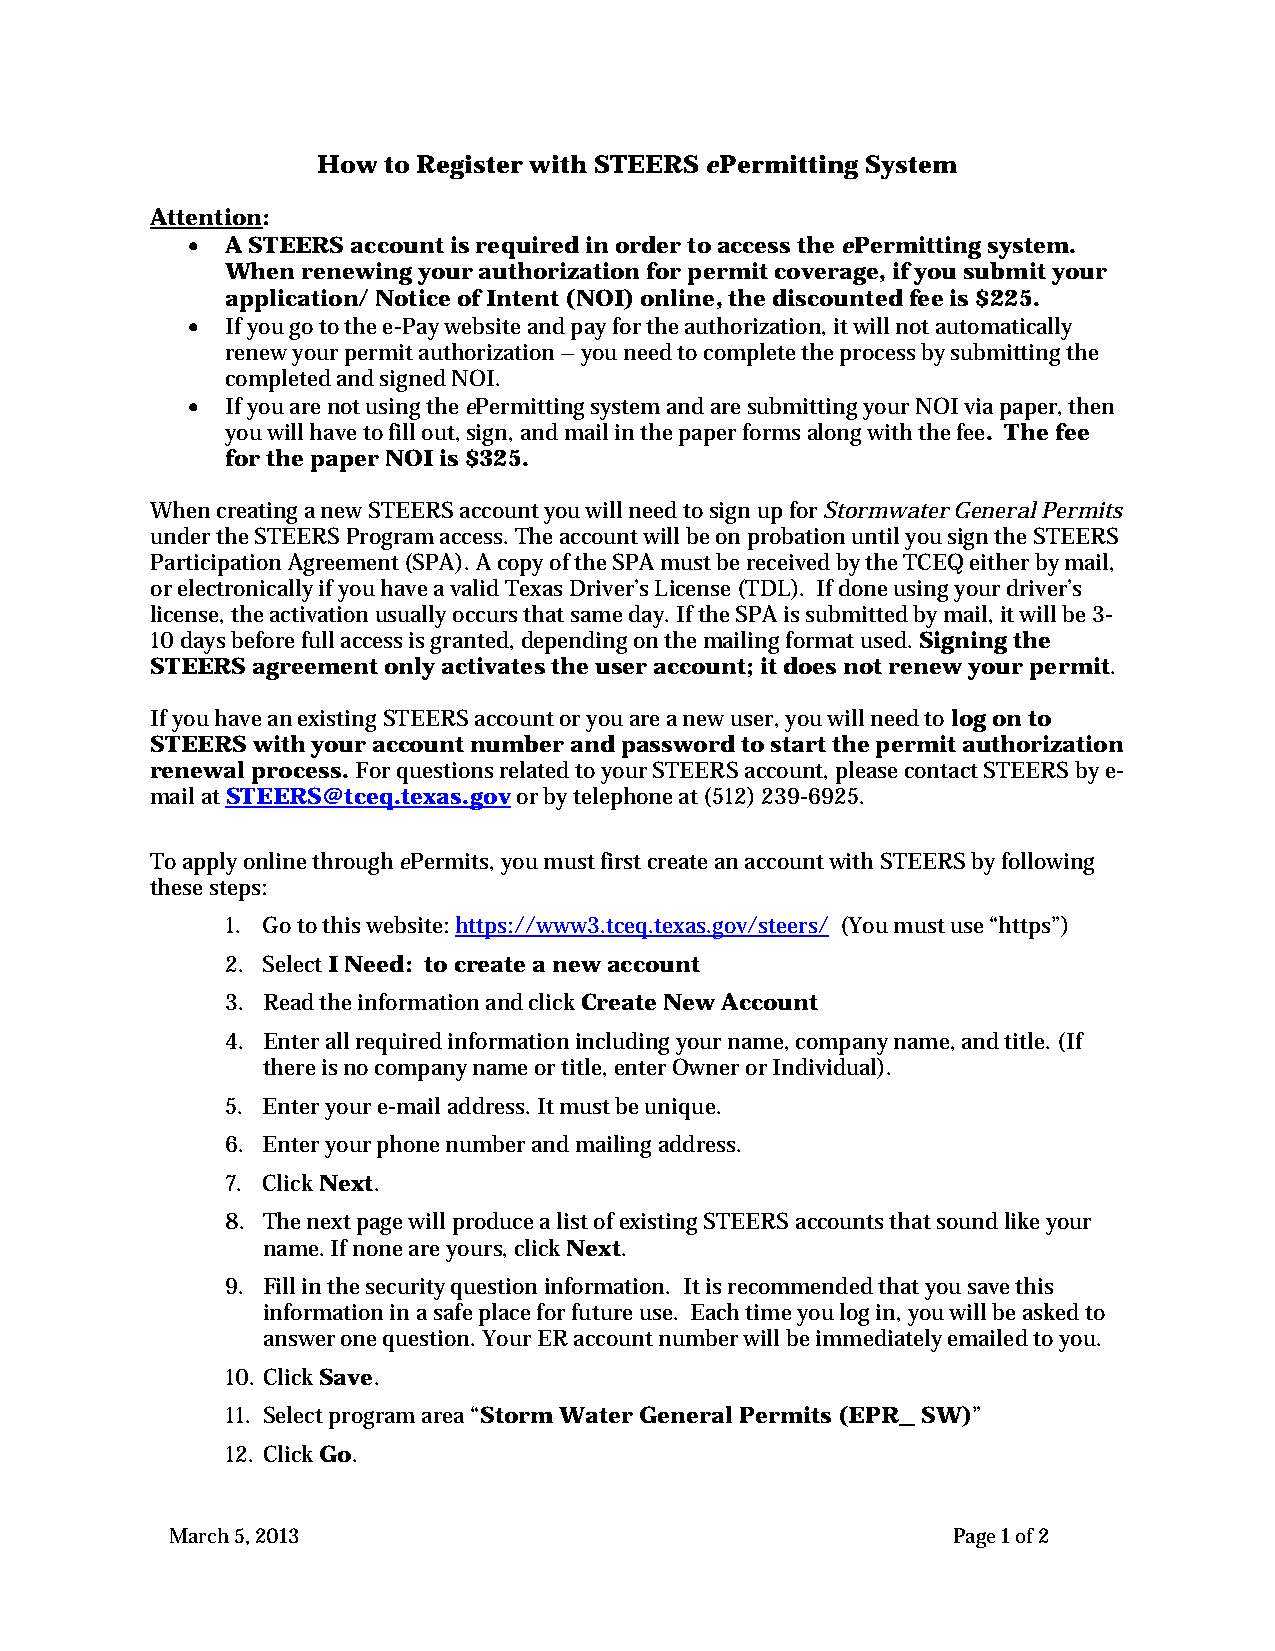
How to Register with STEERS ePermitting System
 Attention:
 •  A STEERS account is required in order to access the ePermitting system.
 When renewing your authorization for permit coverage, if you submit your
 application/ Notice of Intent (NOI) online, the discounted fee is $225.
 •  If you go to the e-Pay website and pay for the authorization, it will not automatically
 renew your permit authorization – you need to complete the process by submitting the
 completed and signed NOI.
 •  If you are not using the ePermitting system and are submitting your NOI via paper, then
 you will have to fill out, sign, and mail in the paper forms along with the fee. The fee
 for the paper NOI is $325.
 When creating a new STEERS account you will need to sign up for Stormwater General Permits
 under the STEERS Program access. The account will be on probation until you sign the STEERS
 Participation Agreement (SPA). A copy of the SPA must be received by the TCEQ either by mail,
 or electronically if you have a valid Texas Driver’s License (TDL). If done using your driver’s
 license, the activation usually occurs that same day. If the SPA is submitted by mail, it will be 3-
 10 days before full access is granted, depending on the mailing format used. Signing the
 STEERS agreement only activates the user account; it does not renew your permit.
 If you have an existing STEERS account or you are a new user, you will need to log on to
 STEERS with your account number and password to start the permit authorization
 renewal process. For questions related to your STEERS account, please contact STEERS by e-
 mail at STEERS@tceq.texas.gov or by telephone at (512) 239-6925.
 To apply online through ePermits, you must first create an account with STEERS by following
 these steps:
 1. Go to this website: https://www3.tceq.texas.gov/steers/ (You must use “https”)
 2. Select I Need: to create a new account
 3. Read the information and click Create New Account
 4. Enter all required information including your name, company name, and title. (If
 there is no company name or title, enter Owner or Individual).
 5. Enter your e-mail address. It must be unique.
 6. Enter your phone number and mailing address.
 7. Click Next.
 8. The next page will produce a list of existing STEERS accounts that sound like your
 name. If none are yours, click Next.
 9. Fill in the security question information. It is recommended that you save this
 information in a safe place for future use. Each time you log in, you will be asked to
 answer one question. Your ER account number will be immediately emailed to you.
 10. Click Save.
 11. Select program area “Storm Water General Permits (EPR_ SW)”
 12. Click Go.
 March 5, 2013                                       Page 1 of 2